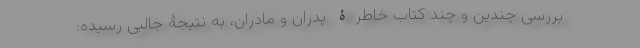
بررسی چندین و چند کتاب خاطرۀ پدران و مادران، به نتیجۀ جالبی رسیده: